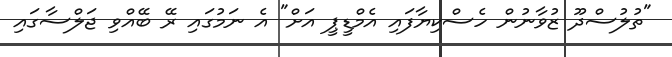
"ތުލުސްދޫ ޒުވާނުން ހެސްކިޔާފައި އެމްޑީޕީ އަށް" އެ ނަމުގައި ރޭ ބޭއްވި ޖަލްސާގައި